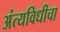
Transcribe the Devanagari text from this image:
अंत्यविधीचा